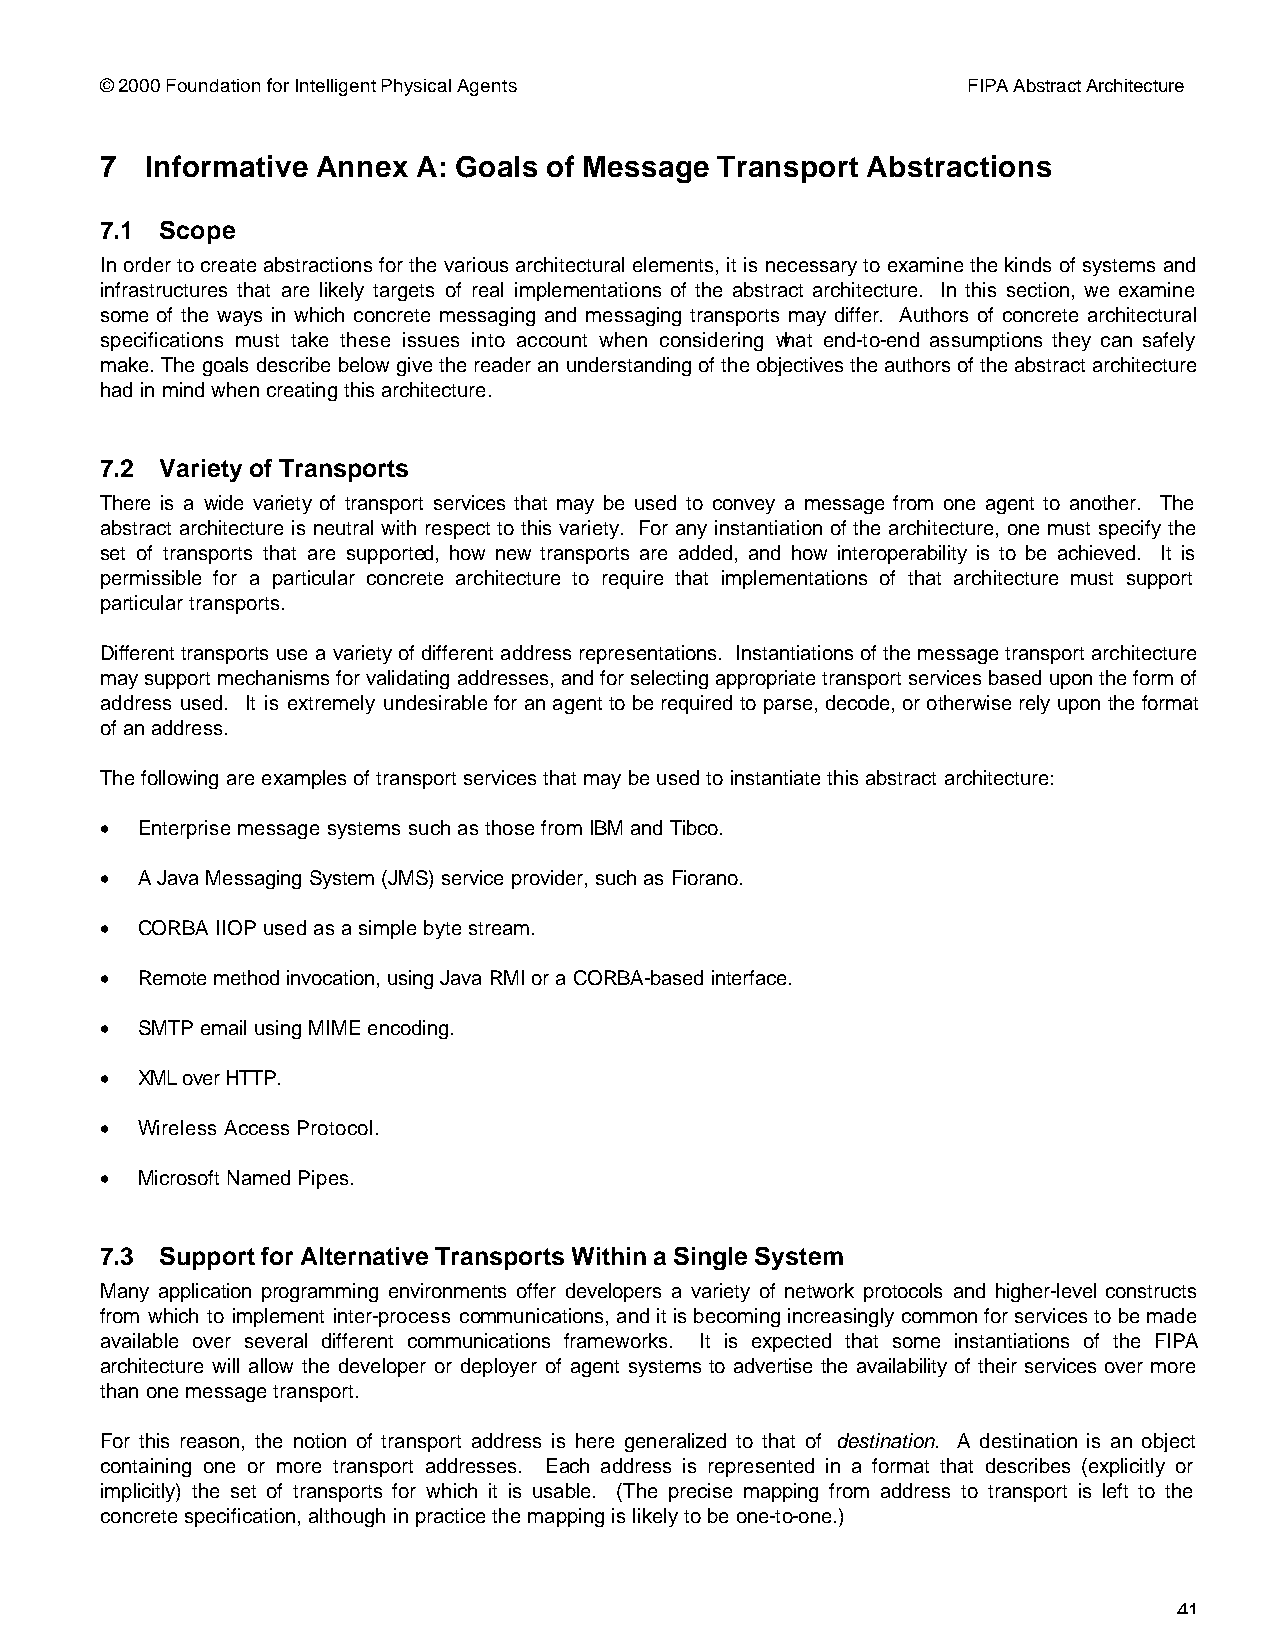
© 2000 Foundation for Intelligent Physical Agents        FIPA Abstract Architecture
 7  Informative Annex A: Goals of Message Transport Abstractions
 7.1 Scope
 In order to create abstractions for the various architectural elements, it is necessary to examine the kinds of systems and
 infrastructures that are likely targets of real implementations of the abstract architecture. In this section, we examine
 some of the ways in which concrete messaging and messaging transports may differ. Authors of concrete architectural
 specifications must take these issues into account when considering what end-to-end assumptions they can safely
 make. The goals describe below give the reader an understanding of the objectives the authors of the abstract architecture
 had in mind when creating this architecture.
 7.2 Variety of Transports
 There is a wide variety of transport services that may be used to convey a message from one agent to another. The
 abstract architecture is neutral with respect to this variety. For any instantiation of the architecture, one must specify the
 set of transports that are supported, how new transports are added, and how interoperability is to be achieved. It is
 permissible for a particular concrete architecture to require that implementations of that architecture must support
 particular transports.
 Different transports use a variety of different address representations. Instantiations of the message transport architecture
 may support mechanisms for validating addresses, and for selecting appropriate transport services based upon the form of
 address used. It is extremely undesirable for an agent to be required to parse, decode, or otherwise rely upon the format
 of an address.
 The following are examples of transport services that may be used to instantiate this abstract architecture:
 • Enterprise message systems such as those from IBM and Tibco.
 • A Java Messaging System (JMS) service provider, such as Fiorano.
 • CORBA IIOP used as a simple byte stream.
 • Remote method invocation, using Java RMI or a CORBA-based interface.
 • SMTP email using MIME encoding.
 • XML over HTTP.
 • Wireless Access Protocol.
 • Microsoft Named Pipes.
 7.3 Support for Alternative Transports Within a Single System
 Many application programming environments offer developers a variety of network protocols and higher-level constructs
 from which to implement inter-process communications, and it is becoming increasingly common for services to be made
 available over several different communications frameworks. It is expected that some instantiations of the FIPA
 architecture will allow the developer or deployer of agent systems to advertise the availability of their services over more
 than one message transport.
 For this reason, the notion of transport address is here generalized to that of destination. A destination is an object
 containing one or more transport addresses. Each address is represented in a format that describes (explicitly or
 implicitly) the set of transports for which it is usable. (The precise mapping from address to transport is left to the
 concrete specification, although in practice the mapping is likely to be one-to-one.)
 41